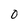
Character: 0